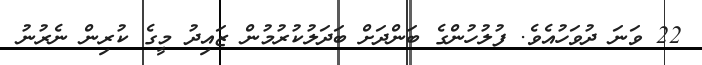
22 ވަނަ ދުވަހުއެވެ. ފުލުހުންގެ ބަންދަށް ބަދަލުކުރުމުން ޒައިދު މީގެ ކުރިން ނެރުނު